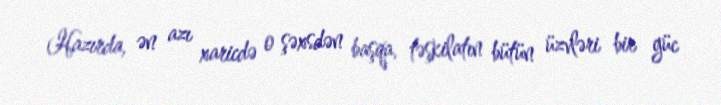
Hazırda, ən azı xaricdə o şəxsdən başqa, təşkilatın bütün üzvləri bir güc